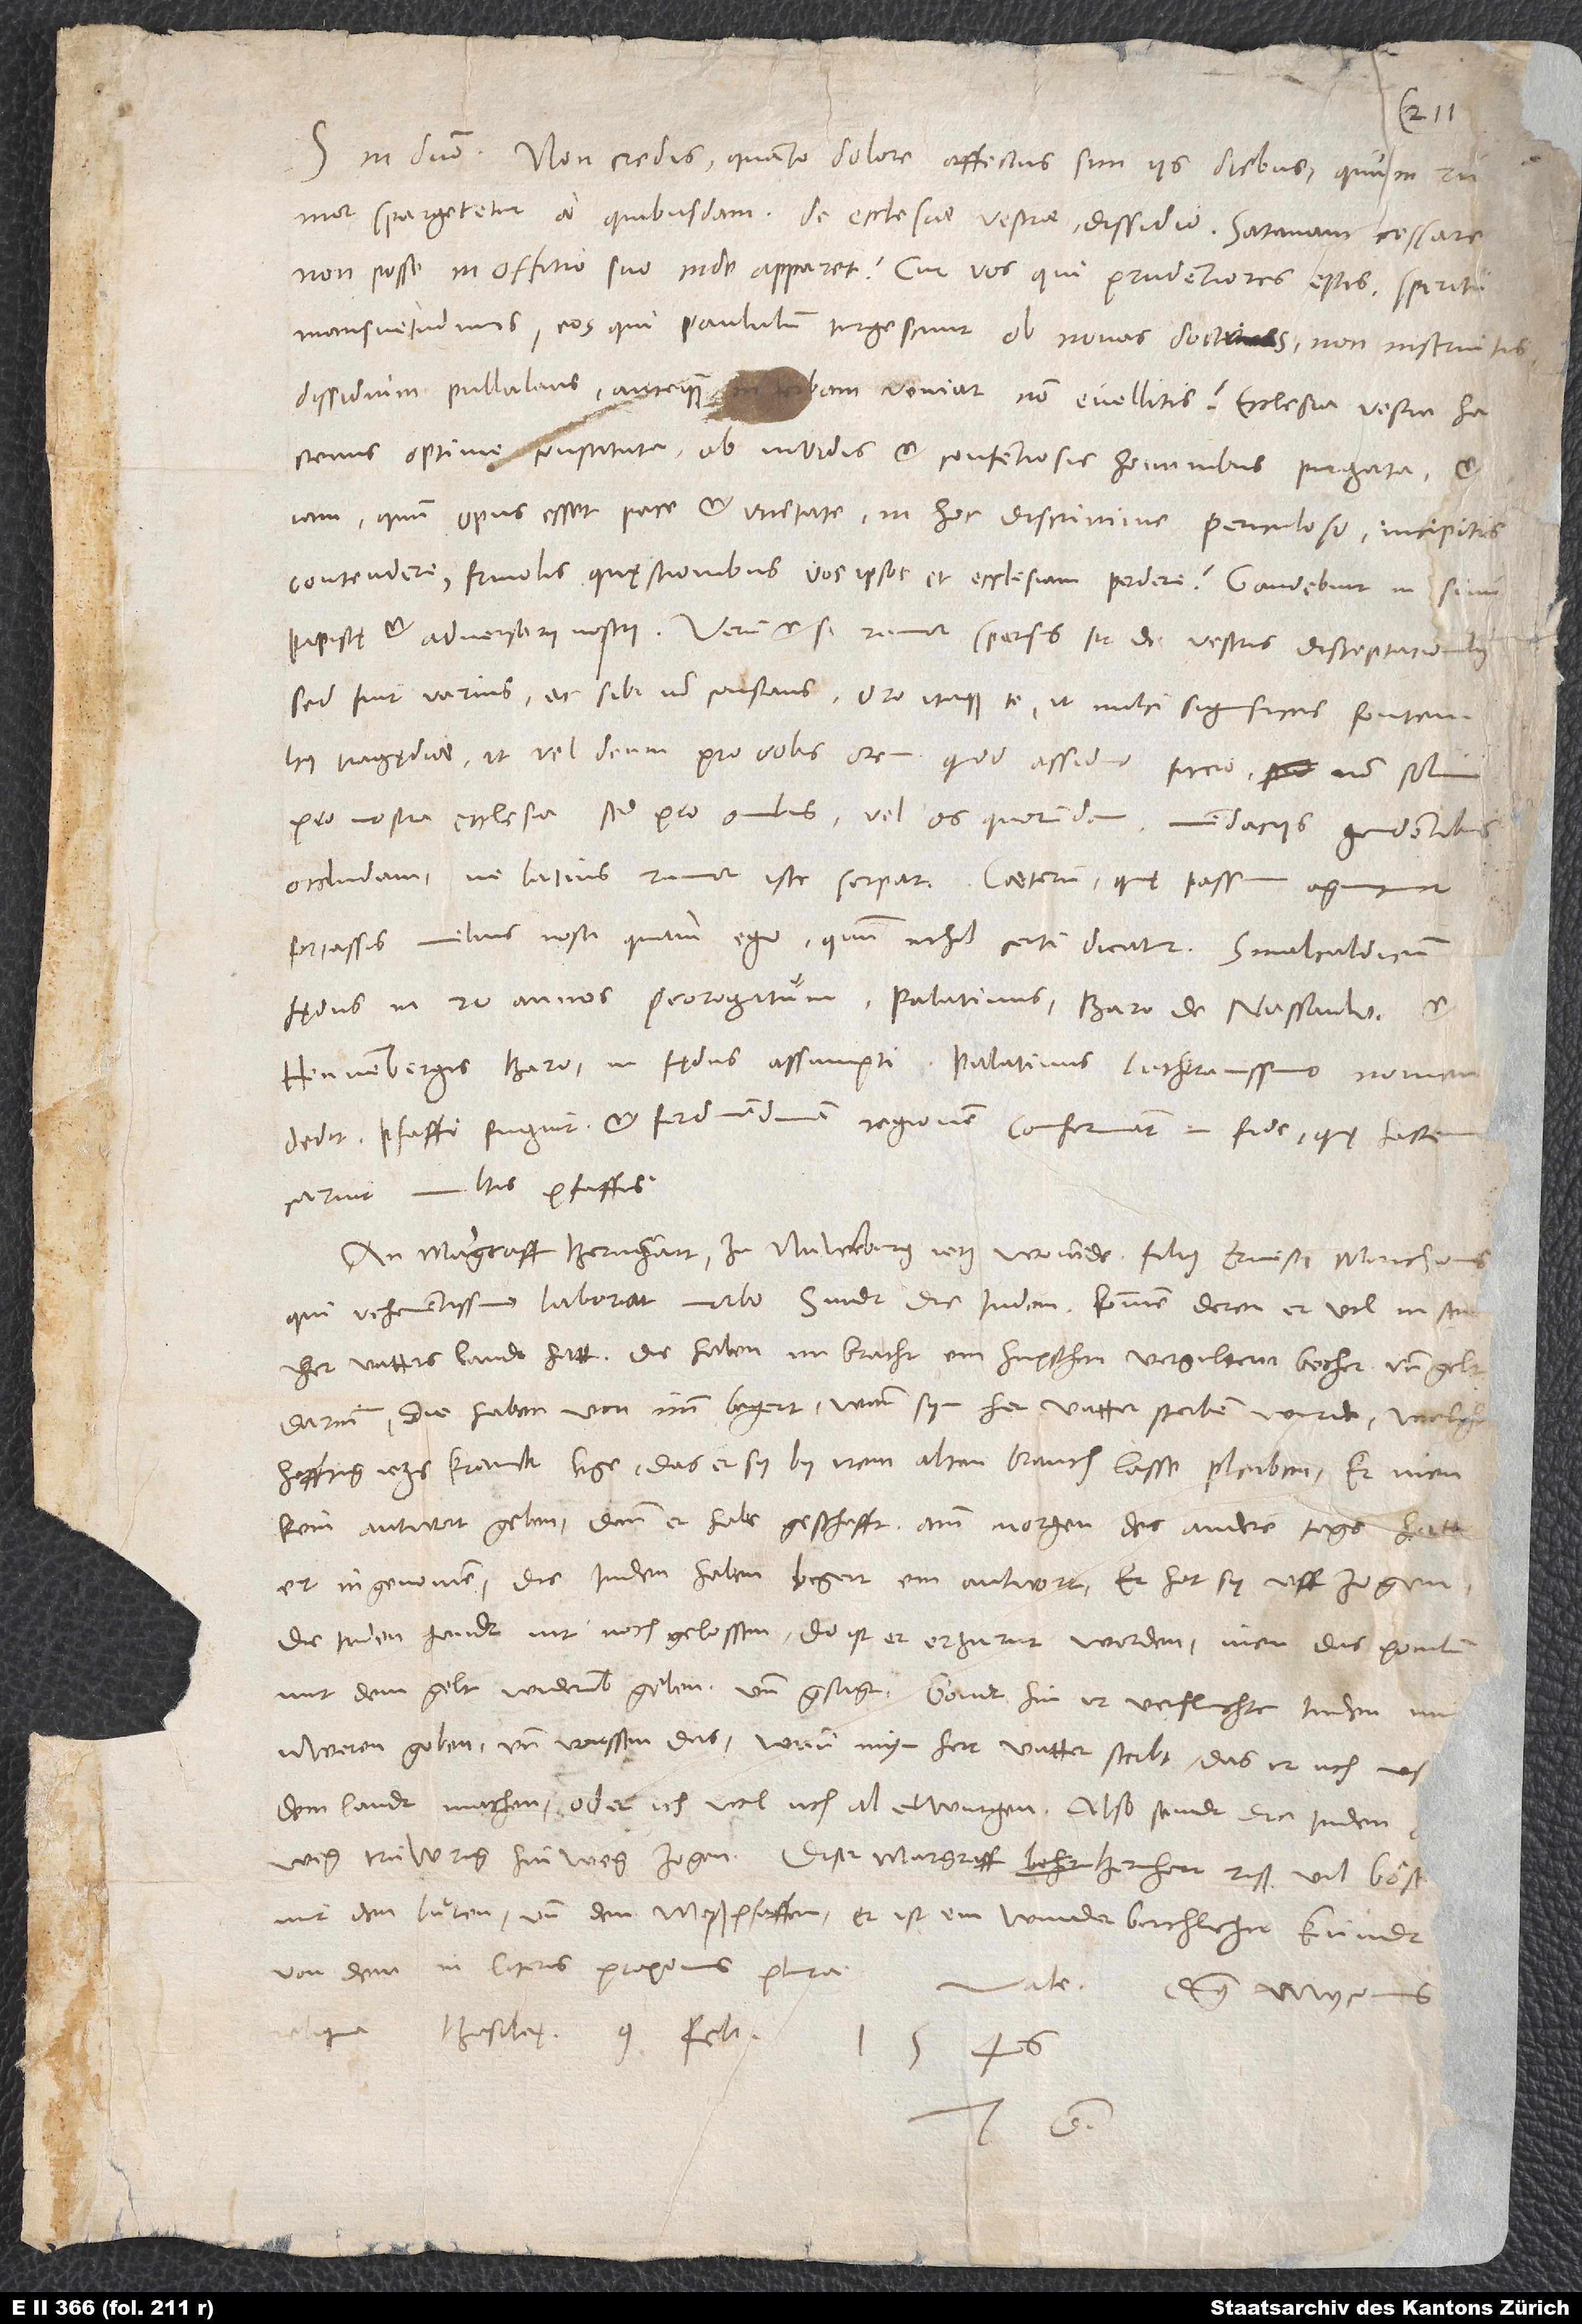
S. in domino. Non credis, quanto dolore affectus sim iis diebus, quum rumor
spargeretur a quibusdam de ecclesiae vestrae dissidio. Satanam cessare
non posse in offitio suo inde apparet. Cur vos, qui prudentiores estis spiritu
mansuetudinis, eos, qui paululum turgescunt ob novas doctrinas, non instruitis,
dissidium pullulans, antequam in turbam veniat, non evellitis? Ecclesia vestra, hactenus
optime constituta, ab invidis et contentiosis hominibus purgata, et
iam, quum opus esset pace et unitate, in hoc discrimine periculoso incipitis
contendere, frivolis quęstionibus vos ipsos et ecclesiam perdere? Gaudebunt in sinu
papistę et adversarii nostri. Verum, etsi rumor sparsus sit de vestris disceptationibus,
sed fuit varius et sibi non constans; oro itaque te, ut mihi significes fontem
huius tragędiae, ut vel deum pro vobis orem (quod assiduo facio non solum
pro nostra ecclesia, sed pro omnibus) vel os quorundam mendaciis gaudentium
fortassis melius nosti quam ego, quum nihil certi dicatur. Smalcaldicum
fędus in 20 annos prorogatum. Palatinus, baro de Nassauw et
Hennenbergis baro in fędus assumpti. Palatinus Lutheranismo nomen
dedit; pfaffi fugiunt et Ferdinandinam regionem confirmant in fide, quę hactenu
caruit multis pfaffis.
mit den buren und den meßpfaffen. Er ist ein wunderberhlicher kundt,
von dem in literis proximis plura.
Vale. Dominus Myconius
1546.